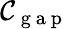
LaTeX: \mathcal{C}_{\mathrm{~g~a~p~}}